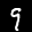
Label: 9